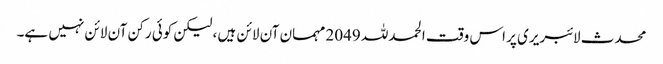
محدث لائبریری پر اس وقت الحمدللہ 2049 مہمان آن لائن ہیں ، لیکن کوئی رکن آن لائن نہیں ہے۔